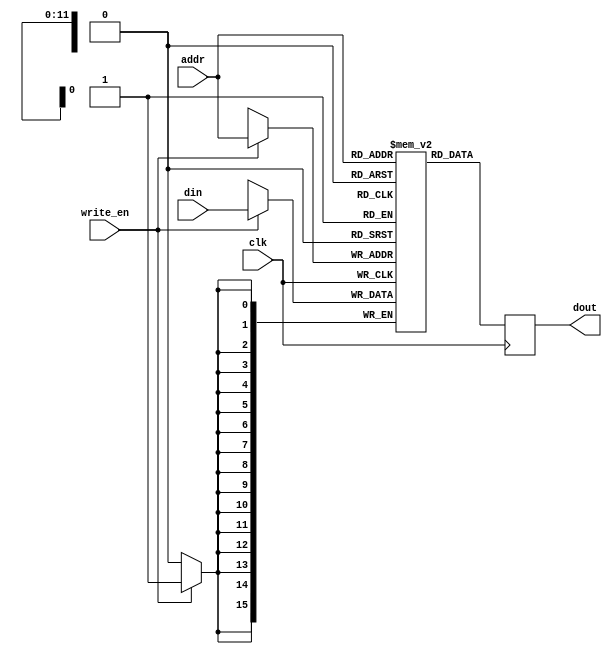
`ifndef K16RAM_V
`define K16RAM_V

module K16SinglePortRam (din, addr, write_en, clk, dout);// 4096x16
  parameter addr_width = 12;
  parameter data_width = 16;
  input [addr_width-1:0] addr;
  input [data_width-1:0] din;
  input write_en, clk;
  output [data_width-1:0] dout;
  reg [data_width-1:0] dout; // Register for output.
  reg [data_width-1:0] mem [(1<<addr_width)-1:0];
  always @(posedge clk)
    begin
      if (write_en)
        mem[(addr)] <= din;
      dout <= mem[addr]; // Output register controlled by clock.
    end
  initial
    begin
    // .define $FrameBuf  0x8000
    // .define $AddrSwtch 0xFFF8
    // .define $CtrlSwtch 0xFFF9
    // .define $AddrLeds  0xFFFA
    // .define $DataLeds  0xFFFB
    // .define $RegSwtch  0xFFFC
    // .define $IoCntrHi  0xFFFD
    // .define $IoCntrLo  0xFFFE
    // .define $Sound     0xFFFF
    //
    // .define $Black     0x0000
    // .define $Blue      0x0001
    // .define $Green     0x0002
    // .define $Cyan      0x0003
    // .define $Red       0x0004
    // .define $Magenta   0x0005
    // .define $Yellow    0x0006
    // .define $White     0x0007
    //
    // .define $BgBlack   ($Black << 3)
    // .define $BgBlue    ($Blue << 3)
    // .define $BgGreen   ($Green << 3)
    // .define $BgCyan    ($Cyan << 3)
    // .define $BgRed     ($Red << 3)
    // .define $BgMagenta ($Magenta << 3)
    // .define $BgYellow  ($Yellow << 3)
    // .define $BgWhite   ($White << 3)
    //
    // .define $Mask_x0y0 ~(0x0007)
    // .define $Mask_x1y0 ~(0x0007 << 3)
    // .define $Mask_x0y1 ~(0x0007 << 6)
    // .define $Mask_x1y1 ~(0x0007 << 9)
    //
    // ; Notes
    // .define $C3     3007
    // .define $Csp3   2838 ; C#3
    // .define $D3     2679
    // .define $Dsp3   2529 ; D#3
    // .define $E3     2387
    // .define $F3     2253
    // .define $Fsp3   2126 ; F#3
    // .define $G3     2007
    // .define $Gsp3   1894 ; G#3
    // .define $A3     1788
    // .define $Asp3   1688 ; A#3
    // .define $B3     1593
    //
    // .define $C4     1504
    // .define $Csp4   1419 ; C#4
    // .define $D4     1339
    // .define $Dsp4   1264 ; D#4
    // .define $E4     1193
    // .define $F4     1126
    // .define $Fsp4   1063 ; F#4
    // .define $G4     1003
    // .define $Gsp4    947 ; G#4
    // .define $A4      894
    // .define $Asp4    844 ; A#4
    // .define $B4      796
    //
    // .define $C5      752
    // .define $Csp5    710 ; C#5
    // .define $D5      670
    // .define $Dsp5    632 ; D#5
    // .define $E5      597
    // .define $F5      563
    // .define $Fsp5    532 ; F#5
    // .define $G5      502
    // .define $Gsp5    474 ; G#5
    // .define $A5      447
    // .define $Asp5    422 ; A#5
    // .define $B5      398
    //
    // ; Duration
    // .define $BPM    100 ; Hans 140
    // .define $BeatMs (60 * 1000) / $BPM
    // .define $Decay  $BeatMs / 10
    // .define $9_8    9 * ($BeatMs / 8) - $Decay
    // .define $1_1    1 * ($BeatMs * 4) - $Decay
    // .define $1_2d   3 * ($BeatMs    ) - $Decay
    // .define $1_2    1 * ($BeatMs * 2) - $Decay
    // .define $1_4d   3 * ($BeatMs / 2) - $Decay
    // .define $1_4    1 * ($BeatMs    ) - $Decay
    // .define $3_8    3 * ($BeatMs / 8) - $Decay
    // .define $1_8d   3 * ($BeatMs / 4) - $Decay
    // .define $1_8    1 * ($BeatMs / 2) - $Decay
    // .define $1_16d  3 * ($BeatMs / 8) - $Decay
    // .define $1_16   1 * ($BeatMs / 4) - $Decay
mem[0] = 16'h9c21; // JMP Start
    //
mem[1] = 16'h4164; // .string "Address switches:"
mem[2] = 16'h6472;
mem[3] = 16'h6573;
mem[4] = 16'h7320;
mem[5] = 16'h7377;
mem[6] = 16'h6974;
mem[7] = 16'h6368;
mem[8] = 16'h6573;
mem[9] = 16'h3a00;
mem[10] = 16'h436f; // .string "Control switches:"
mem[11] = 16'h6e74;
mem[12] = 16'h726f;
mem[13] = 16'h6c20;
mem[14] = 16'h7377;
mem[15] = 16'h6974;
mem[16] = 16'h6368;
mem[17] = 16'h6573;
mem[18] = 16'h3a00;
mem[19] = 16'h5265; // .string "Register switches:"
mem[20] = 16'h6769;
mem[21] = 16'h7374;
mem[22] = 16'h6572;
mem[23] = 16'h2073;
mem[24] = 16'h7769;
mem[25] = 16'h7463;
mem[26] = 16'h6865;
mem[27] = 16'h733a;
mem[28] = 16'h0000;
mem[29] = 16'h436f; // .string "Counter:"
mem[30] = 16'h756e;
mem[31] = 16'h7465;
mem[32] = 16'h723a;
mem[33] = 16'h0000;
    //
mem[34] = 16'h6079; //                LDL R0 Interrupt.L
mem[35] = 16'h6100; //                LDH R0 Interrupt.H
mem[36] = 16'h64ff; //                LDL R1 0x0FFF.L
mem[37] = 16'h650f; //                LDH R1 0x0FFF.H
mem[38] = 16'he080; //                STO R0 [R1]
mem[39] = 16'h200b; //                SEI
mem[40] = 16'h6220; //                LDLZ R0 ' '
mem[41] = 16'h6608; //                LDLZ R1 $BgBlue
mem[42] = 16'h7400; //                LDL R5 Library.L
mem[43] = 16'h75f0; //                LDH R5 Library.H
mem[44] = 16'hb44f; //                JSR [R5 + (FillScreen-Library)] ; FillScreen - Library]
    //
mem[45] = 16'h642f; //                LDL R1 California.L
mem[46] = 16'h6501; //                LDH R1 California.H
mem[47] = 16'h68ff; //                LDL R2 $Sound.L
mem[48] = 16'h69ff; //                LDH R2 $Sound.H
mem[49] = 16'hcc80; // SoundLoop:     LD R3 [R1] ; Frequency in R3
mem[50] = 16'h048c; //                INC R1 R1
mem[51] = 16'hc080; //                LD R0 [R1] ; Duration in R0
mem[52] = 16'h4b88; //                BZS Loop
mem[53] = 16'hed00; //                STO R3 [R2]
mem[54] = 16'hb400; //                JSR [R5 + (Sleep-Library)]
mem[55] = 16'h6e00; //                LDLZ R3 0
mem[56] = 16'hed00; //                STO R3 [R2]
mem[57] = 16'h6232; //                LDLZ R0 50
mem[58] = 16'hb400; //                JSR [R5 + (Sleep-Library)]
mem[59] = 16'h048c; //                INC R1 R1
mem[60] = 16'h9ff4; //                JMP SoundLoop
    //
    //                ; Display labels
mem[61] = 16'h6201; // Loop:          LDLZ R0 0x01; column 1
mem[62] = 16'h6601; //                LDLZ R1 0x01; row 1
mem[63] = 16'h6a01; //                LDLZ R2 AddrSwString.L
mem[64] = 16'hb47f; //                JSR [R5 + (DisplayString-Library)]
    //
mem[65] = 16'h6201; //                LDLZ R0 0x01; column 1
mem[66] = 16'h6602; //                LDLZ R1 0x02; row 2
mem[67] = 16'h6a0a; //                LDLZ R2 CtrlSwString.L
mem[68] = 16'hb47f; //                JSR [R5 + (DisplayString-Library)]
    //
mem[69] = 16'h6201; //                LDLZ R0 0x01; column 1
mem[70] = 16'h6603; //                LDLZ R1 0x03; row 3
mem[71] = 16'h6a13; //                LDLZ R2 RegSwString.L
mem[72] = 16'hb47f; //                JSR [R5 + (DisplayString-Library)]
    //
mem[73] = 16'h6201; //                LDLZ R0 0x01; column 1
mem[74] = 16'h6604; //                LDLZ R1 0x04; row 4
mem[75] = 16'h6a1d; //                LDLZ R2 CounterString.L
mem[76] = 16'hb47f; //                JSR [R5 + (DisplayString-Library)]
    //
    //                ; Display address switch settings on screen
mem[77] = 16'h6cf8; //                LDL R3 $AddrSwtch.L
mem[78] = 16'h6dff; //                LDH R3 $AddrSwtch.H
mem[79] = 16'hc980; //                LD R2 [R3]
mem[80] = 16'h6214; //                LDLZ R0 20; column 1
mem[81] = 16'h6601; //                LDLZ R1 1;  row 1
mem[82] = 16'hb460; //                JSR [R5 + (DisplayReg-Library)]
    //
    //                ; Display address switch settings on LEDs
mem[83] = 16'h6cfa; //                LDL R3 $AddrLeds.L
mem[84] = 16'h6dff; //                LDH R3 $AddrLeds.H
mem[85] = 16'he980; //                STO R2 [R3]
    //
    //                ; Display control switch settings on screen
mem[86] = 16'h6cf9; //                LDL R3 $CtrlSwtch.L
mem[87] = 16'h6dff; //                LDH R3 $CtrlSwtch.H
mem[88] = 16'hc980; //                LD R2 [R3]
mem[89] = 16'h6214; //                LDLZ R0 20; column 1
mem[90] = 16'h6602; //                LDLZ R1 2;  row 2
mem[91] = 16'hb460; //                JSR [R5 + (DisplayReg-Library)]
mem[92] = 16'h1109; //                LDL R4 R2
    //
    //                ; Display register switch settings on screen
mem[93] = 16'h6cfc; //                LDL R3 $RegSwtch.L
mem[94] = 16'h6dff; //                LDH R3 $RegSwtch.H
mem[95] = 16'hc980; //                LD R2 [R3]
mem[96] = 16'h6214; //                LDLZ R0 20; column 1
mem[97] = 16'h6603; //                LDLZ R1 3;  row 3
mem[98] = 16'hb460; //                JSR [R5 + (DisplayReg-Library)]
    //                ; Display control and register switches on LEDs
mem[99] = 16'h110a; //                LDH R4 R2
mem[100] = 16'h6cfb; //                LDL R3 $DataLeds.L
mem[101] = 16'h6dff; //                LDH R3 $DataLeds.H
mem[102] = 16'hf180; //                STO R4 [R3]
    //
    //                ; Display cycle counters on screen
mem[103] = 16'h6cfe; //                LDL R3 $IoCntrLo.L
mem[104] = 16'h6dff; //                LDH R3 $IoCntrLo.H
mem[105] = 16'hc980; //                LD R2 [R3]
mem[106] = 16'h6214; //                LDLZ R0 20; column 1
mem[107] = 16'h6604; //                LDLZ R1 4;  row 4
mem[108] = 16'hb460; //                JSR [R5 + (DisplayReg-Library)]
    //
mem[109] = 16'h6cfd; //                LDL R3 $IoCntrHi.L
mem[110] = 16'h6dff; //                LDH R3 $IoCntrHi.H
mem[111] = 16'hc980; //                LD R2 [R3]
mem[112] = 16'h6219; //                LDLZ R0 25; column 1
mem[113] = 16'h6604; //                LDLZ R1 4;  row 4
mem[114] = 16'hb460; //                JSR [R5 + (DisplayReg-Library)]
    //
mem[115] = 16'hcb84; //                LD R2 Counter
mem[116] = 16'h6219; //                LDLZ R0 25; column 1
mem[117] = 16'h6605; //                LDLZ R1 5;  row 5
mem[118] = 16'hb460; //                JSR [R5 + (DisplayReg-Library)]
    //
    //
mem[119] = 16'h9fc5; //                JMP Loop
mem[120] = 16'h0000; // .data 0
mem[121] = 16'h200e; // Interrupt: PSF
mem[122] = 16'h200c; //            PSH R0
mem[123] = 16'h240c; //            PSH R1
mem[124] = 16'hc3fb; //            LD R0 Counter
mem[125] = 16'h6601; //            LDLZ R1 1
mem[126] = 16'h0010; //            ADD R0 R0 R1
mem[127] = 16'he3f8; //            STO R0 Counter
mem[128] = 16'h240d; //            POP R1
mem[129] = 16'h200d; //            POP R0
mem[130] = 16'h200f; //            POF
mem[131] = 16'h200b; //            SEI
mem[132] = 16'h3c0d; //            RET
    //
    //
mem[133] = 16'h03eb; // .data $G4, $1_4
mem[134] = 16'h021c;
mem[135] = 16'h04a9; // .data $E4, $1_4
mem[136] = 16'h021c;
mem[137] = 16'h04a9; // .data $E4, $1_2
mem[138] = 16'h0474;
mem[139] = 16'h0466; // .data $F4, $1_4
mem[140] = 16'h021c;
mem[141] = 16'h053b; // .data $D4, $1_4
mem[142] = 16'h021c;
mem[143] = 16'h053b; // .data $D4, $1_2
mem[144] = 16'h0474;
mem[145] = 16'h05e0; // .data $C4, $1_4
mem[146] = 16'h021c;
mem[147] = 16'h053b; // .data $D4, $1_4
mem[148] = 16'h021c;
mem[149] = 16'h04a9; // .data $E4, $1_4
mem[150] = 16'h021c;
mem[151] = 16'h0466; // .data $F4, $1_4
mem[152] = 16'h021c;
mem[153] = 16'h03eb; // .data $G4, $1_4
mem[154] = 16'h021c;
mem[155] = 16'h03eb; // .data $G4, $1_4
mem[156] = 16'h021c;
mem[157] = 16'h03eb; // .data $G4, $1_2
mem[158] = 16'h0474;
mem[159] = 16'h03eb; // .data $G4, $1_4
mem[160] = 16'h021c;
mem[161] = 16'h04a9; // .data $E4, $1_4
mem[162] = 16'h021c;
mem[163] = 16'h04a9; // .data $E4, $1_2
mem[164] = 16'h0474;
mem[165] = 16'h0466; // .data $F4, $1_4
mem[166] = 16'h021c;
mem[167] = 16'h053b; // .data $D4, $1_4
mem[168] = 16'h021c;
mem[169] = 16'h053b; // .data $D4, $1_2
mem[170] = 16'h0474;
mem[171] = 16'h05e0; // .data $C4, $1_4
mem[172] = 16'h021c;
mem[173] = 16'h04a9; // .data $E4, $1_4
mem[174] = 16'h021c;
mem[175] = 16'h03eb; // .data $G4, $1_4
mem[176] = 16'h021c;
mem[177] = 16'h03eb; // .data $G4, $1_4
mem[178] = 16'h021c;
mem[179] = 16'h05e0; // .data $C4, $1_1
mem[180] = 16'h0924;
mem[181] = 16'h0000; // .data   0,   0
mem[182] = 16'h0000;
    //
mem[183] = 16'h04a9; // .data $E4, $1_8d
mem[184] = 16'h0186;
mem[185] = 16'h04a9; // .data $E4, $1_16
mem[186] = 16'h005a;
mem[187] = 16'h04a9; // .data $E4, $1_8d
mem[188] = 16'h0186;
mem[189] = 16'h0466; // .data $F4, $1_16
mem[190] = 16'h005a;
mem[191] = 16'h03eb; // .data $G4, $1_4
mem[192] = 16'h021c;
mem[193] = 16'h04a9; // .data $E4, $1_4
mem[194] = 16'h021c;
mem[195] = 16'h0466; // .data $F4, $1_8d
mem[196] = 16'h0186;
mem[197] = 16'h0466; // .data $F4, $1_16
mem[198] = 16'h005a;
mem[199] = 16'h0466; // .data $F4, $1_8d
mem[200] = 16'h0186;
mem[201] = 16'h02f0; // .data $C5, $1_16
mem[202] = 16'h005a;
mem[203] = 16'h031c; // .data $B4, $1_2
mem[204] = 16'h0474;
mem[205] = 16'h053b; // .data $D4, $1_8d
mem[206] = 16'h0186;
mem[207] = 16'h053b; // .data $D4, $1_16
mem[208] = 16'h005a;
mem[209] = 16'h053b; // .data $D4, $1_8d
mem[210] = 16'h0186;
mem[211] = 16'h04a9; // .data $E4, $1_16
mem[212] = 16'h005a;
mem[213] = 16'h0466; // .data $F4, $1_4
mem[214] = 16'h021c;
mem[215] = 16'h0466; // .data $F4, $1_8d
mem[216] = 16'h0186;
mem[217] = 16'h03eb; // .data $G4, $1_16
mem[218] = 16'h005a;
mem[219] = 16'h031c; // .data $B4, $1_8d
mem[220] = 16'h0186;
mem[221] = 16'h037e; // .data $A4, $1_16
mem[222] = 16'h005a;
mem[223] = 16'h03eb; // .data $G4, $1_8d
mem[224] = 16'h0186;
mem[225] = 16'h0466; // .data $F4, $1_16
mem[226] = 16'h005a;
mem[227] = 16'h04a9; // .data $E4, $1_4d
mem[228] = 16'h0348;
mem[229] = 16'h05e0; // .data $C4, $1_8
mem[230] = 16'h00f0;
mem[231] = 16'h037e; // .data $A4, $1_4
mem[232] = 16'h021c;
mem[233] = 16'h031c; // .data $B4, $1_8d
mem[234] = 16'h0186;
mem[235] = 16'h02f0; // .data $C5, $1_16
mem[236] = 16'h005a;
mem[237] = 16'h031c; // .data $B4, $1_4
mem[238] = 16'h021c;
mem[239] = 16'h037e; // .data $A4, $1_4
mem[240] = 16'h021c;
mem[241] = 16'h037e; // .data $A4, $1_4
mem[242] = 16'h021c;
mem[243] = 16'h03eb; // .data $G4, $1_4
mem[244] = 16'h021c;
mem[245] = 16'h031c; // .data $B4, $1_4d
mem[246] = 16'h0348;
mem[247] = 16'h037e; // .data $A4, $1_8
mem[248] = 16'h00f0;
mem[249] = 16'h03eb; // .data $G4, $1_4
mem[250] = 16'h021c;
mem[251] = 16'h0466; // .data $F4, $1_4
mem[252] = 16'h021c;
mem[253] = 16'h037e; // .data $A4, $1_4d
mem[254] = 16'h0348;
mem[255] = 16'h03eb; // .data $G4, $1_8
mem[256] = 16'h00f0;
mem[257] = 16'h0466; // .data $F4, $1_4
mem[258] = 16'h021c;
mem[259] = 16'h04a9; // .data $E4, $1_4
mem[260] = 16'h021c;
mem[261] = 16'h03eb; // .data $G4, $1_4d
mem[262] = 16'h0348;
mem[263] = 16'h04a9; // .data $E4, $1_8
mem[264] = 16'h00f0;
mem[265] = 16'h03eb; // .data $G4, $1_4d
mem[266] = 16'h0348;
mem[267] = 16'h0466; // .data $F4, $1_8
mem[268] = 16'h00f0;
mem[269] = 16'h0466; // .data $F4, $1_4
mem[270] = 16'h021c;
mem[271] = 16'h029e; // .data $D5, $1_4
mem[272] = 16'h021c;
mem[273] = 16'h02f0; // .data $C5, $1_2
mem[274] = 16'h0474;
mem[275] = 16'h03eb; // .data $G4, $1_4
mem[276] = 16'h021c;
mem[277] = 16'h04a9; // .data $E4, $1_4
mem[278] = 16'h021c;
mem[279] = 16'h03eb; // .data $G4, $1_4d
mem[280] = 16'h0348;
mem[281] = 16'h0466; // .data $F4, $1_8
mem[282] = 16'h00f0;
mem[283] = 16'h0466; // .data $F4, $1_4
mem[284] = 16'h021c;
mem[285] = 16'h0639; // .data $B3, $1_4
mem[286] = 16'h021c;
mem[287] = 16'h05e0; // .data $C4, $1_2
mem[288] = 16'h0474;
mem[289] = 16'h0255; // .data $E5, $1_4
mem[290] = 16'h021c;
mem[291] = 16'h01f6; // .data $G5, $1_4d
mem[292] = 16'h0348;
mem[293] = 16'h0233; // .data $F5, $1_8
mem[294] = 16'h00f0;
mem[295] = 16'h0233; // .data $F5, $1_4
mem[296] = 16'h021c;
mem[297] = 16'h031c; // .data $B4, $1_4
mem[298] = 16'h021c;
mem[299] = 16'h02f0; // .data $C5, $1_1
mem[300] = 16'h0924;
mem[301] = 16'h0000; // .data   0,   0
mem[302] = 16'h0000;
    //
mem[303] = 16'h037e; // .data $A4,   $1_8
mem[304] = 16'h00f0;
mem[305] = 16'h031c; // .data $B4,   $1_8
mem[306] = 16'h00f0;
mem[307] = 16'h037e; // .data $A4,   $1_8
mem[308] = 16'h00f0;
mem[309] = 16'h03eb; // .data $G4,   $1_8
mem[310] = 16'h00f0;
mem[311] = 16'h037e; // .data $A4,   $1_2
mem[312] = 16'h0474;
mem[313] = 16'h0000; // .data   0,   $1_2
mem[314] = 16'h0474;
mem[315] = 16'h0000; // .data   0,   $1_4
mem[316] = 16'h021c;
mem[317] = 16'h037e; // .data $A4,   $1_8
mem[318] = 16'h00f0;
mem[319] = 16'h031c; // .data $B4,   $1_8
mem[320] = 16'h00f0;
mem[321] = 16'h037e; // .data $A4,   $1_8
mem[322] = 16'h00f0;
mem[323] = 16'h03eb; // .data $G4,   $1_8
mem[324] = 16'h00f0;
mem[325] = 16'h03eb; // .data $G4,   $1_8
mem[326] = 16'h00f0;
mem[327] = 16'h04a9; // .data $E4,   $9_8
mem[328] = 16'h0267;
mem[329] = 16'h0000; // .data   0,   $1_2
mem[330] = 16'h0474;
mem[331] = 16'h02f0; // .data $C5,   $1_8
mem[332] = 16'h00f0;
mem[333] = 16'h02f0; // .data $C5,   $1_4
mem[334] = 16'h021c;
mem[335] = 16'h02f0; // .data $C5,   $1_8
mem[336] = 16'h00f0;
mem[337] = 16'h02f0; // .data $C5,   $1_8
mem[338] = 16'h00f0;
mem[339] = 16'h02f0; // .data $C5,   $1_2
mem[340] = 16'h0474;
mem[341] = 16'h0000; // .data   0,   $1_2
mem[342] = 16'h0474;
mem[343] = 16'h0000; // .data   0,   $1_4
mem[344] = 16'h021c;
mem[345] = 16'h02f0; // .data $C5,   $1_8
mem[346] = 16'h00f0;
mem[347] = 16'h02f0; // .data $C5,   $1_8
mem[348] = 16'h00f0;
mem[349] = 16'h02f0; // .data $C5,   $1_8
mem[350] = 16'h00f0;
mem[351] = 16'h02f0; // .data $C5,   $1_4
mem[352] = 16'h021c;
mem[353] = 16'h031c; // .data $B4,   $9_8
mem[354] = 16'h0267;
mem[355] = 16'h0000; // .data   0,   $1_2
mem[356] = 16'h0474;
mem[357] = 16'h04a9; // .data $E4,   $1_8
mem[358] = 16'h00f0;
mem[359] = 16'h04a9; // .data $E4,   $1_8
mem[360] = 16'h00f0;
mem[361] = 16'h0427; // .data $Fsp4, $1_8
mem[362] = 16'h00f0;
mem[363] = 16'h04a9; // .data $E4,   $1_8
mem[364] = 16'h00f0;
mem[365] = 16'h02f0; // .data $C5,   $1_8
mem[366] = 16'h00f0;
mem[367] = 16'h037e; // .data $A4,   $3_8
mem[368] = 16'h00a5;
mem[369] = 16'h0000; // .data   0,   $1_2
mem[370] = 16'h0474;
mem[371] = 16'h0000; // .data   0,   $1_4
mem[372] = 16'h021c;
mem[373] = 16'h037e; // .data $A4,   $1_8
mem[374] = 16'h00f0;
mem[375] = 16'h031c; // .data $B4,   $1_8
mem[376] = 16'h00f0;
mem[377] = 16'h037e; // .data $A4,   $1_8
mem[378] = 16'h00f0;
mem[379] = 16'h03eb; // .data $G4,   $1_8
mem[380] = 16'h00f0;
mem[381] = 16'h03eb; // .data $G4,   $1_8
mem[382] = 16'h00f0;
mem[383] = 16'h04a9; // .data $E4,   $9_8
mem[384] = 16'h0267;
mem[385] = 16'h0000; // .data   0,   0
mem[386] = 16'h0000;
    end
endmodule

module K16DualPortRam(din, write_en, waddr, wclk, raddr, rclk, dout); //1024x16
  parameter addr_width = 11;
  parameter data_width = 16;
  input [addr_width-1:0] waddr, raddr;
  input [data_width-1:0] din;
  input write_en, wclk, rclk;
  output reg [data_width-1:0] dout;
  reg [data_width-1:0] mem [(1<<addr_width)-1:0] ;

  always @(posedge wclk) // Write memory.
    begin
      if (write_en)
        mem[waddr] <= din; // Using write address bus.
    end
  always @(posedge rclk) // Read memory.
    begin
      dout <= mem[raddr]; // Using read address bus.
    end

  initial
    begin
      mem[0]  = {8'b00100111, "H"};
      mem[1]  = {8'b00100111, "e"};
      mem[2]  = {8'b00100111, "l"};
      mem[3]  = {8'b00100111, "l"};
      mem[4]  = {8'b00100111, "o"};
      mem[5]  = {8'b00100111, " "};
      mem[6]  = {8'b00100111, "W"};
      mem[7]  = {8'b00100111, "o"};
      mem[8]  = {8'b00100111, "r"};
      mem[9]  = {8'b00100111, "l"};
      mem[10] = {8'b00100111, "d"};
      mem[11] = {8'b00100111, "!"};
      mem[12] = {8'b00100111, " "};
      mem[13] = {8'b00100111, "3"};
      mem[14] = {8'b00100111, "4"};
      mem[15] = {8'b00100111, "5"};
      mem[16] = {8'b00100111, "6"};
      mem[17] = {8'b00100111, "7"};
      mem[18] = {8'b00100111, "8"};
      mem[19] = {8'b00100111, "9"};
      mem[20] = {8'b00100111, "A"};
      mem[21] = {8'b00100111, "B"};
      mem[22] = {8'b00100111, "C"};
      mem[23] = {8'b00100111, "D"};
      mem[24] = {8'b00100111, "E"};
      mem[25] = {8'b00100111, "F"};
      mem[26] = {8'b00100111, "G"};
      mem[27] = {8'b00100111, "H"};
      mem[28] = {8'b00100111, "I"};
      mem[29] = {8'b00100111, "J"};
      mem[30] = {8'b00100111, "K"};
      mem[31] = {8'b00100111, " "};
      mem[32] = {8'b00100111, "T"};
      mem[33] = {8'b00100111, "h"};
      mem[34] = {8'b00100111, "o"};
      mem[35] = {8'b00100111, "r"};
      mem[36] = {8'b00100111, "s"};
      mem[37] = {8'b00100111, "t"};
      mem[38] = {8'b00100111, "e"};
      mem[39] = {8'b00100111, "n"};
      mem[40] = {8'b00100111, " "};
      mem[41] = {8'b00100111, "H"};
      mem[42] = {8'b00100111, "e"};
      mem[43] = {8'b00100111, "r"};
      mem[44] = {8'b00100111, "b"};
      mem[45] = {8'b00100111, "e"};
      mem[46] = {8'b00100111, "r"};
      mem[47] = {8'b00100111, " "};
      mem[48] = 16'b1000110001010111;
      mem[49] = {8'b00110010, 8'd0};
      mem[50] = {8'b00110010, 8'd1};
      mem[51] = {8'b00110010, 8'd2};
      mem[52] = {8'b00110010, 8'd3};
      mem[53] = {8'b00110010, 8'd4};
      mem[54] = {8'b00110010, 8'd5};
      mem[55] = {8'b00110010, 8'd6};
      mem[56] = {8'b00110010, 8'd7};
      mem[57] = {8'b00110010, 8'd8};
      mem[58] = {8'b00110010, 8'd9};
      mem[59] = {8'b00110010, 8'd10};
      mem[60] = {8'b00110010, 8'd11};
      mem[61] = {8'b00110010, 8'd12};
      mem[62] = {8'b00110010, 8'd13};
      mem[63] = {8'b00110010, 8'd14};
      mem[64] = {8'b00111001, 8'd16};
      mem[65] = {8'b00111001, 8'd17};
      mem[66] = {8'b00111001, 8'd18};
      mem[67] = {8'b00111001, 8'd19};
      mem[68] = {8'b00111001, 8'd20};
      mem[69] = {8'b00111001, 8'd21};
      mem[70] = {8'b00111001, 8'd22};
      mem[71] = {8'b00111001, 8'd23};
      mem[72] = {8'b00111001, 8'd24};
      mem[73] = {8'b00111001, 8'd25};
      mem[74] = {8'b00111001, 8'd26};
      mem[75] = {8'b00111001, 8'd27};
      mem[76] = {8'b00111001, 8'd28};
      mem[77] = {8'b00111001, 8'd28};
      mem[78] = {8'b00111001, 8'd29};
      mem[79] = {8'b00111001, 8'd30};
      mem[80] = {8'b00111001, 8'd31};
      mem[81] = {8'b00111001, 8'd15};
      mem[82] = {8'b00111001, 8'd32};
    end
endmodule

`endif